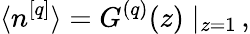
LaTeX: \langle n^{[q]}\rangle=G^{(q)}(z)\mid_{z=1}\, ,